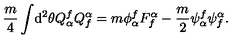
\frac { m } { 4 } \int \! \mathrm { d } ^ { 2 } \theta Q _ { \alpha } ^ { f } Q _ { f } ^ { \alpha } = m \phi _ { \alpha } ^ { f } F _ { f } ^ { \alpha } - \frac { m } { 2 } \psi _ { \alpha } ^ { f } \psi _ { f } ^ { \alpha } .